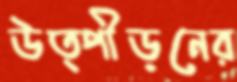
উত্পীড়নের